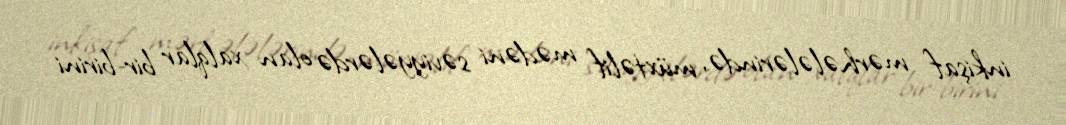
inkişaf mərhələlərində, müxtəlif mədəni səviyyələrdə olan xalqlar bir-birini